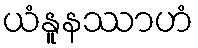
ယံနူနဿာဟံ